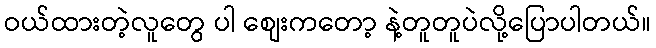
ဝယ်ထားတဲ့လူတွေ ပါ စျေးကတော့ နဲ့တူတူပဲလို့ပြောပါတယ်။